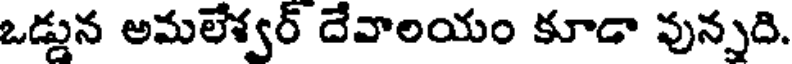
ఒడ్డున అమలేశ్వర్ దేవాలయం కూడా వున్నది.